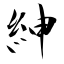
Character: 紳